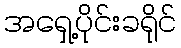
အရှေ့ပိုင်းခရိုင်